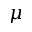
\mu